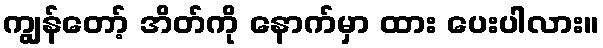
ကျွန်တော့် အိတ်ကို နောက်မှာ ထား ပေးပါလား။